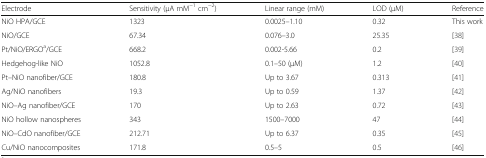
| Electrode | Sensitivity (μA mM−1 cm−2) | Linear range (mM) | LOD (μM) | Reference |
 | --- | --- | --- | --- | --- |
 | NiO HPA/GCE | 1323 | 0.0025–1.10 | 0.32 | This work |
 | NiO/GCE | 67.34 | 0.076–3.0 | 25.35 | [38] |
 | Pt/NiO/ERGOa/GCE | 668.2 | 0.002-5.66 | 0.2 | [39] |
 | Hedgehog-like NiO | 1052.8 | 0.1–50 (μM) | 1.2 | [40] |
 | Pt–NiO nanofiber/GCE | 180.8 | Up to 3.67 | 0.313 | [41] |
 | Ag/NiO nanofibers | 19.3 | Up to 0.59 | 1.37 | [42] |
 | NiO–Ag nanofiber/GCE | 170 | Up to 2.63 | 0.72 | [43] |
 | NiO hollow nanospheres | 343 | 1500–7000 | 47 | [44] |
 | NiO–CdO nanofiber/GCE | 212.71 | Up to 6.37 | 0.35 | [45] |
 | Cu/NiO nanocomposites | 171.8 | 0.5–5 | 0.5 | [46] |